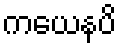
ကယေနပိ